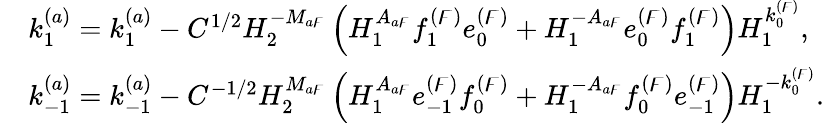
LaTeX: \begin{array}{rl}&{k_{1}^{(a)}=k_{1}^{(a)}-C^{1/2}H_{2}^{-M_{a\digamma}}\left(H_{1}^{A_{a\digamma}}f_{1}^{(\digamma)}e_{0}^{(\digamma)}+H_{1}^{-A_{a\digamma}}e_{0}^{(\digamma)}f_{1}^{(\digamma)}\right)H_{1}^{k_{0}^{(\digamma)}},}\\ &{k_{-1}^{(a)}=k_{-1}^{(a)}-C^{-1/2}H_{2}^{M_{a\digamma}}\left(H_{1}^{A_{a\digamma}}e_{-1}^{(\digamma)}f_{0}^{(\digamma)}+H_{1}^{-A_{a\digamma}}f_{0}^{(\digamma)}e_{-1}^{(\digamma)}\right)H_{1}^{-k_{0}^{(\digamma)}}.}\end{array}